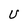
Character: U